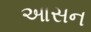
આસન